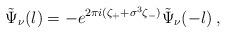
LaTeX: \begin{align*}\tilde\Psi_\nu(l) = -e^{2\pi i (\zeta_+ + \sigma^3 \zeta_- )}\tilde\Psi_\nu(-l) \>,\end{align*}